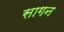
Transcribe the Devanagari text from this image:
सागन